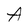
Character: A